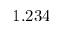
1 . 2 3 4